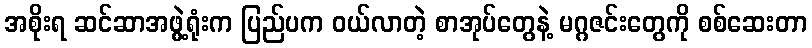
အစိုးရ ဆင်ဆာအဖွဲ့ရုံးက ပြည်ပက ဝယ်လာတဲ့ စာအုပ်တွေနဲ့ မဂ္ဂဇင်းတွေကို စစ်ဆေးတာ